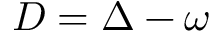
D = \Delta - \omega